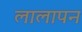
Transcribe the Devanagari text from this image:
लालापन